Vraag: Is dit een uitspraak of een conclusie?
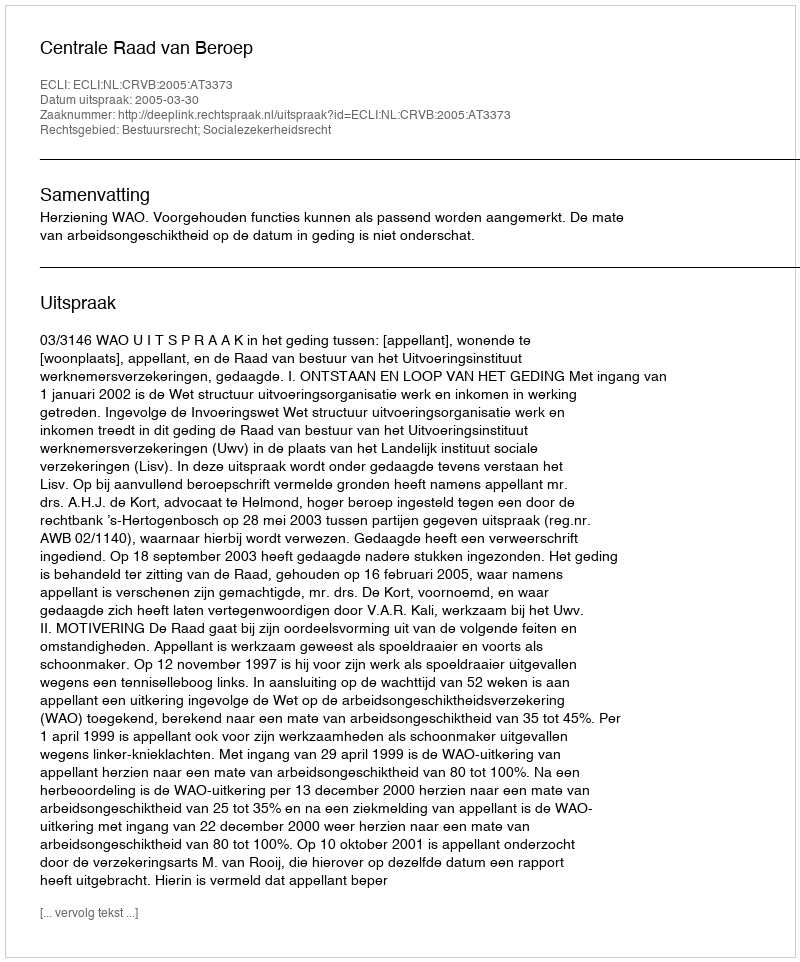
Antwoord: Uitspraak